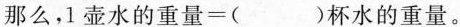
那么，$$1壶水的重量=()杯水的重量$$。